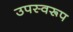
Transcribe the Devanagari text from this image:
उपस्वरूप